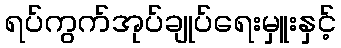
ရပ်ကွက်အုပ်ချုပ်ရေးမှူးနှင့်